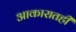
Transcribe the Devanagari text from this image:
आकारातही